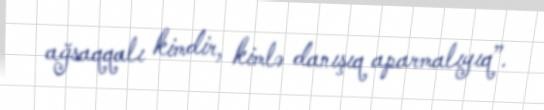
ağsaqqalı kimdir, kimlə danışıq aparmalıyıq”.